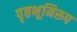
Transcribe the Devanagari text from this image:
पृष्ठभूमिरूप